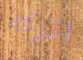
اتركه